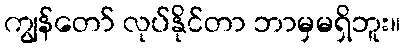
ကျွန်တော် လုပ်နိုင်တာ ဘာမှမရှိဘူး။